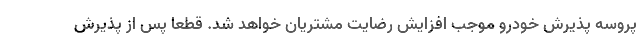
پروسه پذیرش خودرو موجب افزایش رضایت مشتریان خواهد شد. قطعا پس از پذیرش